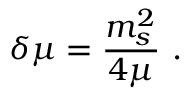
\delta \mu = \frac { m _ { s } ^ { 2 } } { 4 \mu } \ .